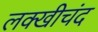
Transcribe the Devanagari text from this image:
लक्खीचंद